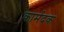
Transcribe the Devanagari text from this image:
कार्मदक